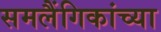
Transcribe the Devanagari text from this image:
समलैंगिकांच्या